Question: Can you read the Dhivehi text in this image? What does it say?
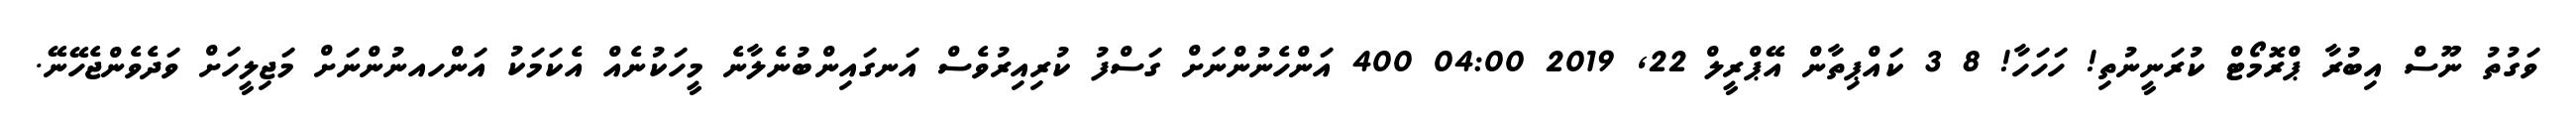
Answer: ވަގުތު ނޫސް އިބުރާ ޕްރޮމޯޓް ކުރަނީނުތި! ހަހަހާ! 8 3 ކައްޕިތާން އޭޕްރީލް 22, 2019 04:00 400 އަންހެނުންނަށް ގަސްފު ކުރިއިރުވެސް އަނގައިންބުނެލާނެ މީހަކުނެއް އެކަމަކު އަންހއނުންނަށް މަޖިލީހަށް ވަދެވެންޖެހޭނޭ.